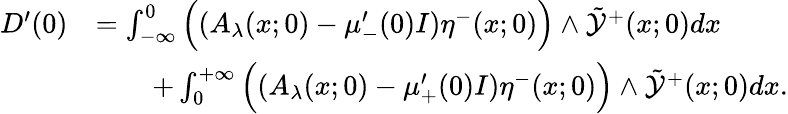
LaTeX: \begin{array}{rl}{D^{\prime}(0)}&{=\int_{-\infty}^{0}\Big((A_{\lambda}(x;0)-\mu_{-}^{\prime}(0)I)\eta^{-}(x;0)\Big)\wedge\tilde{\mathcal{Y}}^{+}(x;0)dx}\\ &{\quad\quad+\int_{0}^{+\infty}\Big((A_{\lambda}(x;0)-\mu_{+}^{\prime}(0)I)\eta^{-}(x;0)\Big)\wedge\tilde{\mathcal{Y}}^{+}(x;0)dx.}\end{array}